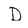
Character: D